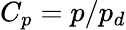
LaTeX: C_{p}=p/p_{d}